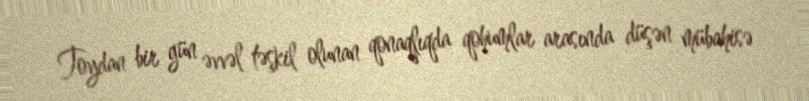
Toydan bir gün əvvəl təşkil olunan qonaqlıqda qohumlar arasında düşən mübahisə